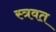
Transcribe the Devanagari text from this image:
स्त्रवत